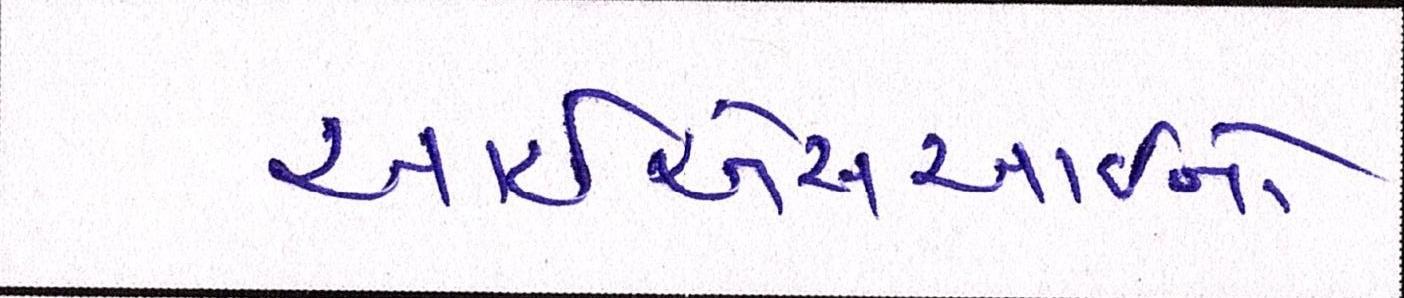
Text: આઇએસઆઇનો